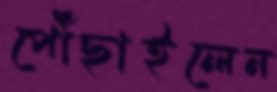
পৌঁছাইলেন